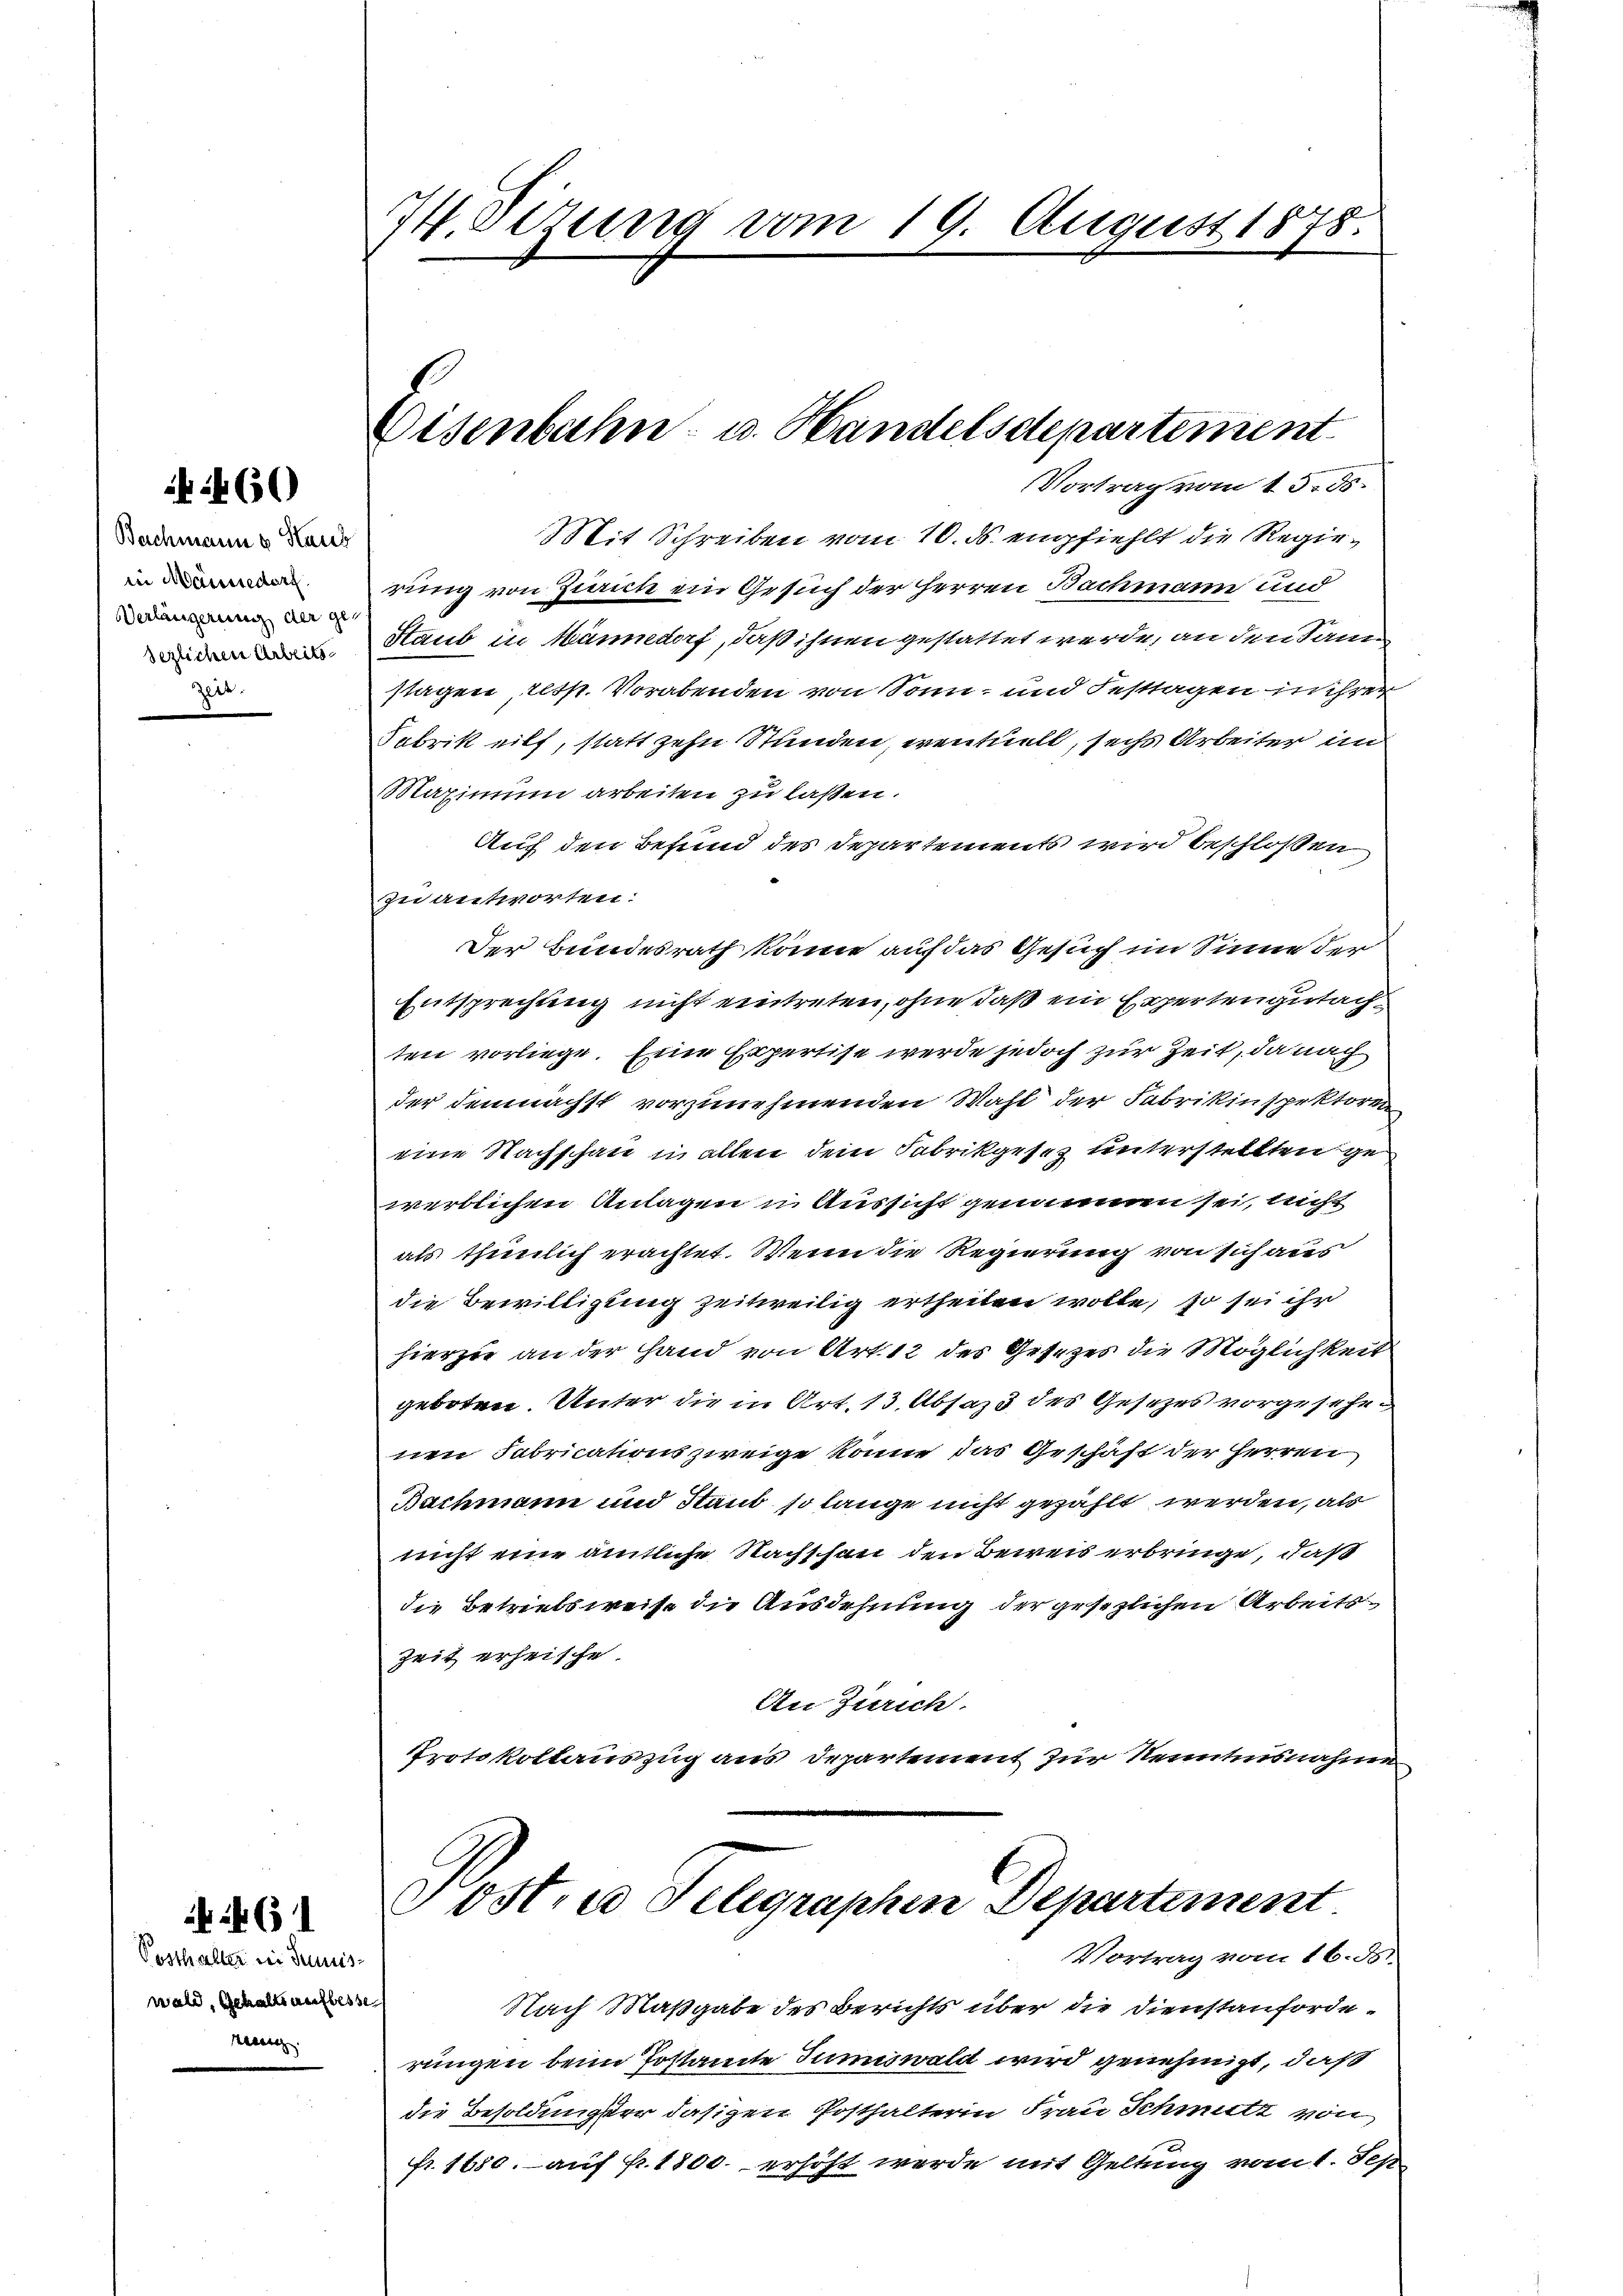
4460

Bachmanns Haus
in Männedorf
Verlängerung der ge-
sezlichen Arbeits
Zeit.

6

Posthalter in Jeniswald, Gehalt aufbesse
See

I. Gesung vom 19. August 1878.

Vortrag vom 13. ds.
Mit Schreiben vom 10. ds. empfiehlt die Regierung von Zürich ein Gesuch der Herren Bachmann und
Staub in Männedorf, daß ihnen gestattet werde, an den San
stagen, resp. Vorabenden von Sonn- und Festtagen in ihrer
Fabrik eilf, statt zehn Stunden, eventuell, sechs Arbeiter in
Maximum arbeiten zu lassen.
Auf den Befund des Departements wird beschloßen
zu antworten:
Der Bundesrath könne auf das Gesuch im Sinne der
Entsprechung nicht eintreten, ohne daß ein Expertengutachten vorliege. Eine Expertise werde jedoch zur Zeit, da nach
der demnächst vorzunehmenden Wahl der Fabrikinspektoren
eine Nachschau in allen dem Fabrikgesez unterstellten gewertlichen Anlagen u. Aussicht genommen sei, nicht
als thunlich erachtet. Wenn die Regierung von sich aus
die Bewilligung zeitweilig ertheilen wolle, so sei ihr
hierzu an der Hand von Art. 12 des Gesezes die Möglichkeit
geboten. Unter die in Art. 13. Absass des Gesetzes vorgesehenen Fabricationszweige könne das Geschäft der Herren
Bachmann und Stand so lange nicht gezählt werden, als
nicht eine amtliche Nachschau den Beweis erbringe, daß
die Betriebsweise die Ausdehnung der gesezlichen Arbeits¬
Zeit erheische.
An Zürich.
Protokollauszug aus Departement zur Kenntnisnahme

Eisenbahn- u. Handelsdepartement

Post, es Telegraphen Departement.
Vortrag vom 16. ds.

Nach Maßgabe des Berichts über die Dienstanforderungen beim Postamte Juniswald wird genehmigt, daß
die Besoldunger dasigen Posthalterin Frau Schmutz von
fr. 1680. auf Fr. 1800. erhöht werde mit Geltung vom 1. Sep